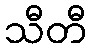
သီတီ